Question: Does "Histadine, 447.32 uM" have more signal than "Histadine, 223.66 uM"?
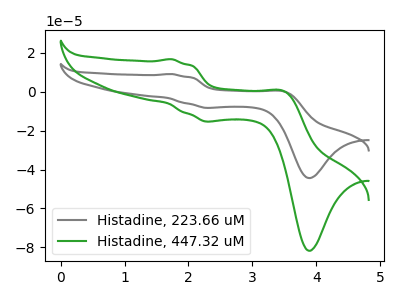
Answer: <think>The gray curve "Histadine, 223.66 uM" has anodic peaks at (1.75V, 9.05uA) (3.50V, 0.00uA) and cathodic peaks at (2.35V, -8.35uA) (3.90V, -44.40uA). The green curve "Histadine, 447.32 uM" has anodic peaks at (1.75V, 16.65uA) (3.50V, 0.00uA) and cathodic peaks at (2.35V, -15.35uA) (3.90V, -81.70uA).
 All the peaks in "Histadine, 447.32 uM" have a peak in "Histadine, 223.66 uM" at the same potential.</think>
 <answer>I cant tell if "Histadine, 447.32 uM" or "Histadine, 223.66 uM" has more signal.</answer>
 <eval>mixed_signal</eval>